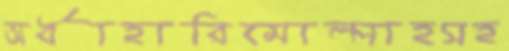
অর্ধাহারিমোল্লাহসহ